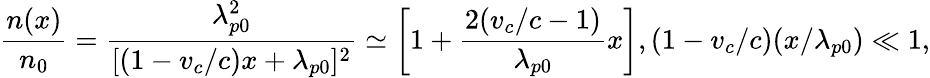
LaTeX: \frac{n(x)}{n_{0}}=\frac{\lambda_{p0}^{2}}{[(1-v_{c}/c)x+\lambda_{p0}]^{2}}\simeq\left[1+\frac{2(v_{c}/c-1)}{\lambda_{p0}}x\right],(1-v_{c}/c)(x/\lambda_{p0})\ll 1,